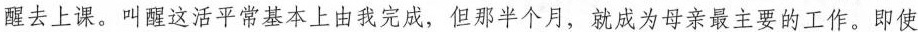
醒去上课。叫醒这活平常基本上由我完成，但那半个月，就成为母亲最主要的工作。即使